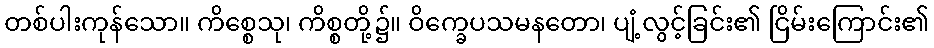
တစ်ပါးကုန်သော။ ကိစ္စေသု၊ ကိစ္စတို့၌။ ဝိက္ခေပသမနတော၊ ပျံ့လွင့်ခြင်း၏ ငြိမ်းကြောင်း၏